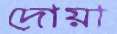
দোয়া